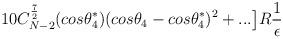
LaTeX: \begin{align*}10C_{N-2}^{\frac{7}{2}}(cos{\theta_4^*})(cos\theta_4 - cos\theta_4^*)^2 + ...\big{]}R\frac{1}{\epsilon}\end{align*}